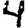
Digit: 4